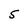
Character: 5